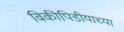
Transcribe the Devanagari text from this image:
विकीपिडीयाच्या